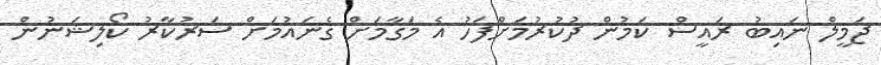
ޖަމީލް ނައިބު ރައީސް ކަމުން ދުކުރުމަށްފަހު އެ މަގާމަށް ގެނައުމަށް ސަރުކާރު ކޯލިޝަނުން